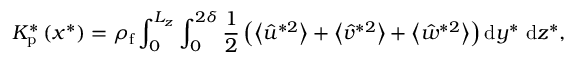
K _ { \mathrm { p } } ^ { * } \left( x ^ { * } \right) = \rho _ { \mathrm { f } } \int _ { 0 } ^ { L _ { z } } \int _ { 0 } ^ { 2 \delta } \frac { 1 } { 2 } \left( \left\langle \hat { u } ^ { * 2 } \right\rangle + \left\langle \hat { v } ^ { * 2 } \right\rangle + \left\langle \hat { w } ^ { * 2 } \right\rangle \right) \mathrm { d } y ^ { * } \mathrm { ~ d } z ^ { * } ,